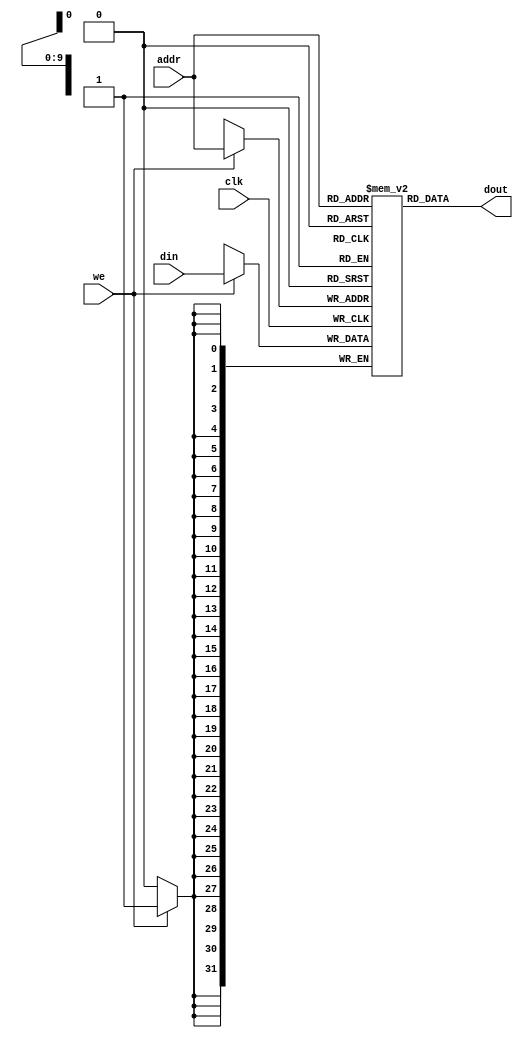
`timescale 1ns / 1ps
//////////////////////////////////////////////////////////////////////////////////
// Company: 
// Engineer: 
// 
// Design Name: 
// Module Name:    RAM 
// Project Name: 
// Target Devices: 
// Tool versions: 
// Description: 
//
// Dependencies: 
//
// Revision: 
// Revision 0.01 - File Created
// Additional Comments: 
//
//////////////////////////////////////////////////////////////////////////////////
module RAM(
	input clk,
	input we,
	input [9:0] addr,
	input [31:0] din,
	output reg [31:0] dout
	);
	
	reg [31:0] ram_mem [1023:0];
	always @(posedge clk) begin
		
		if(we)
			ram_mem[addr] = din;
		//dout = ram_mem[addr];
		
	end
	
	always @(clk==0) begin
		dout = ram_mem[addr];
	end
	
endmodule